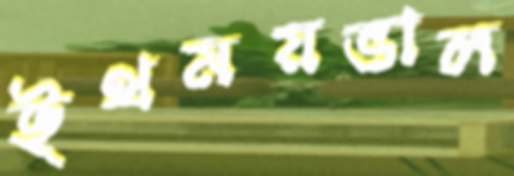
ইথময়ভাল